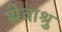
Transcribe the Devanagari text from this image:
सेवाश्रु